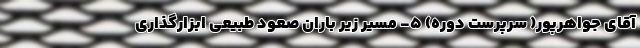
آقای جواهرپور( سرپرست دوره) ۵- مسیر زیر باران صعود طبیعی ابزارگذاری